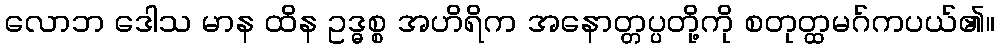
လောဘ ဒေါသ မာန ထိန ဥဒ္ဓစ္စ အဟိရိက အနောတ္တပ္ပတို့ကို စတုတ္ထမဂ်ကပယ်၏။